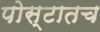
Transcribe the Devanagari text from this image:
पोस्टातच